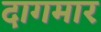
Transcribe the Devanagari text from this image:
दागमार